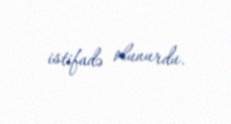
istifadə olunurdu.